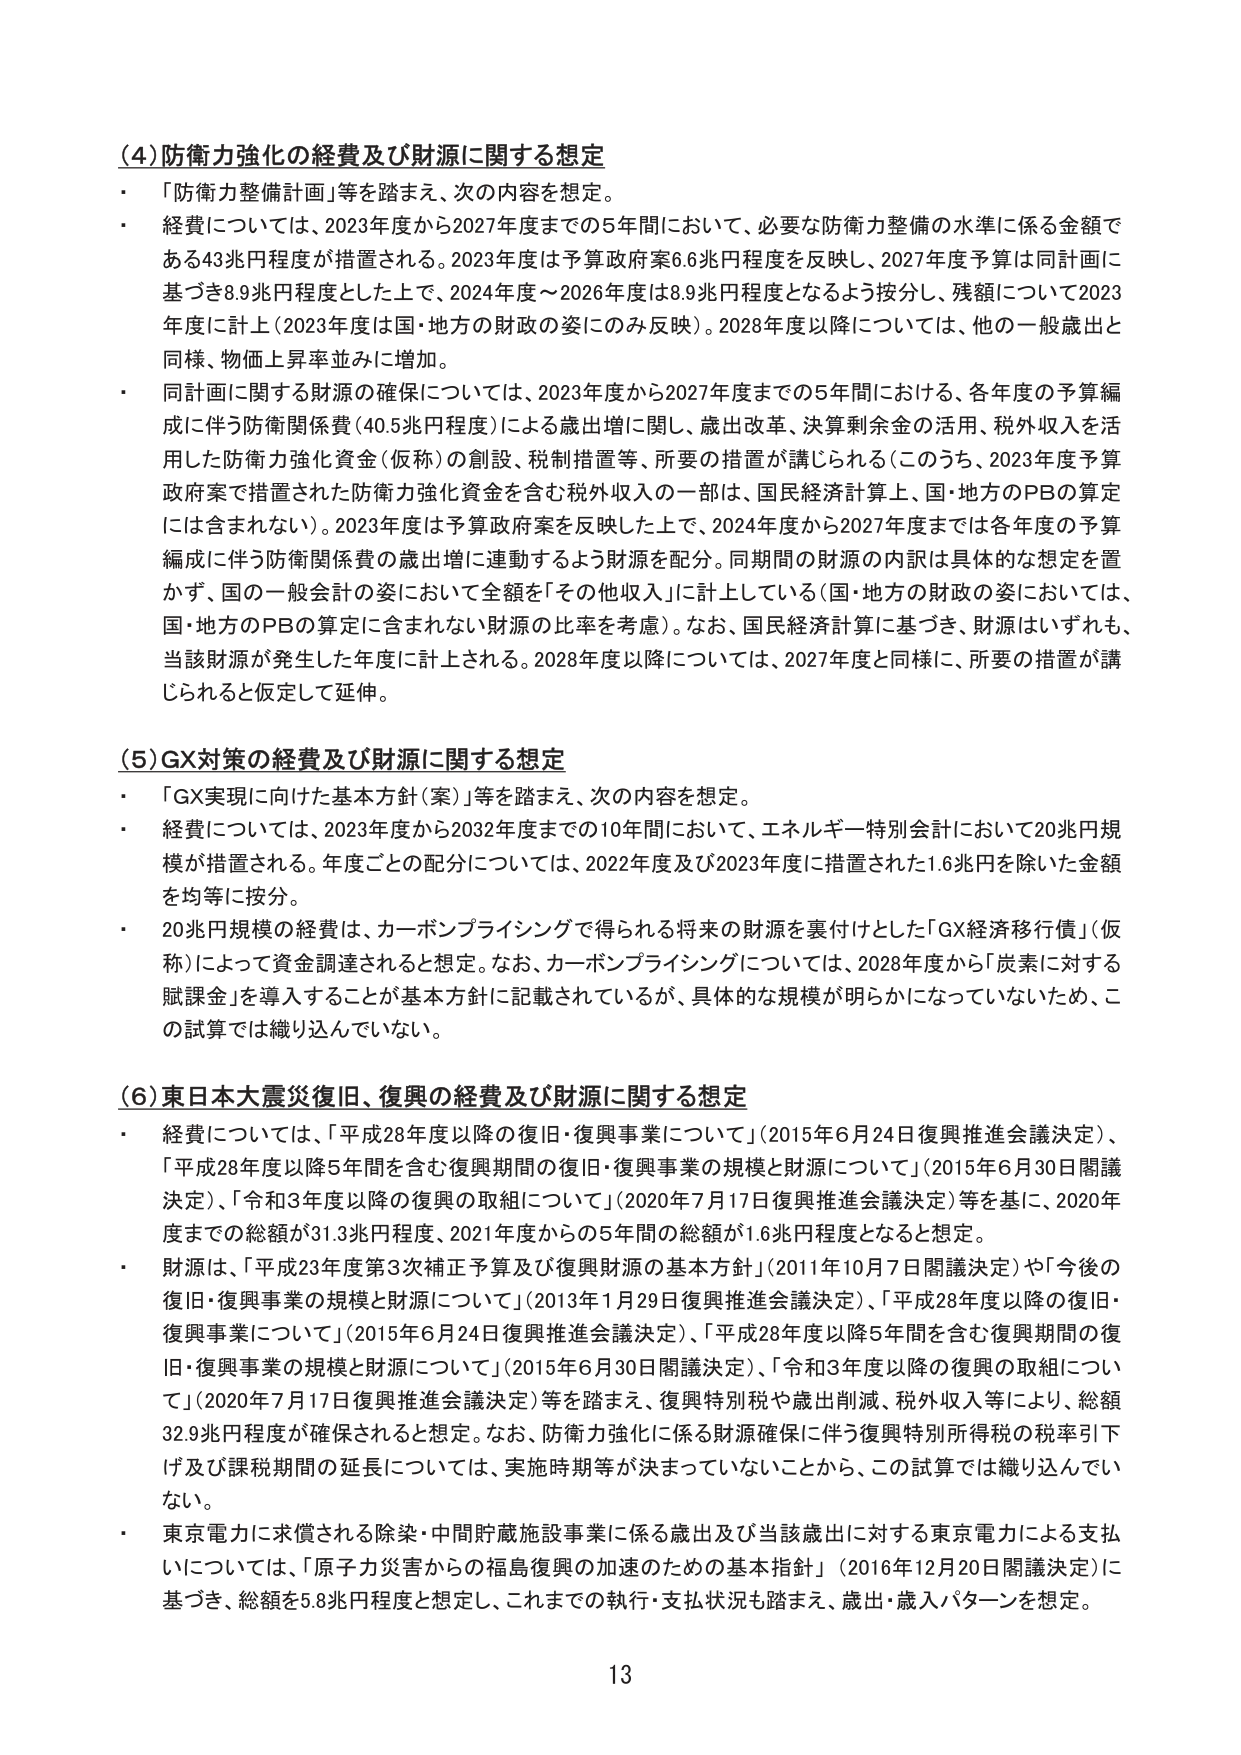
(4) 防衛力強化の経費及び財源に関する想定
・「防衛力整備計画」等を踏まえ、次の内容を想定。
・経費については、2023年度から2027年度までの5年間において、必要な防衛力整備の水準に係る金額である43兆円程度が措置される。2023年度は予算政府案6.6兆円程度を反映し、2027年度予算は同計画に基づき8.9兆円程度とした上で、2024年度～2026年度は8.9兆円程度となるよう按分し、残額について2023年度に計上（2023年度は国・地方の財政の姿にのみ反映）。2028年度以降については、他の一般歳出と同様、物価上昇率並みに増加。
・同計画に関する財源の確保については、2023年度から2027年度までの5年間における、各年度の予算編成に伴う防衛関係費（40.5兆円程度）による歳出増に関し、歳出改革、決算剰余金の活用、税外収入を活用した防衛力強化資金（仮称）の創設、税制措置等、所要の措置が講じられる（このうち、2023年度予算政府案で措置された防衛力強化資金を含む税外収入の一部は、国民経済計算上、国・地方のPBの算定には含まれない）。2023年度は予算政府案を反映した上で、2024年度から2027年度までは各年度の予算編成に伴う防衛関係費の歳出増に連動するよう財源を配分。同期間の財源の内訳は具体的な想定を置かず、国の一般会計の姿において全額を「その他収入」に計上している（国・地方の財政の姿においては、国・地方のPBの算定に含まれない財源の比率を考慮）。なお、国民経済計算に基づき、財源はいずれも、当該財源が発生した年度に計上される。2028年度以降については、2027年度と同様に、所要の措置が講じられると仮定して延伸。

(5) GX対策の経費及び財源に関する想定
・「GX実現に向けた基本方針（案）」等を踏まえ、次の内容を想定。
・経費については、2023年度から2032年度までの10年間において、エネルギー特別会計において20兆円規模が措置される。年度ごとの配分については、2022年度及び2023年度に措置された1.6兆円を除いた金額を均等に按分。
・20兆円規模の経費は、カーボンプライシングで得られる将来の財源を裏付けとした「GX経済移行債」（仮称）によって資金調達されると想定。なお、カーボンプライシングについては、2028年度から「炭素に対する賦課金」を導入することが基本方針に記載されているが、具体的な規模が明らかになっていないため、この試算では織り込んでいない。

(6) 東日本大震災復旧、復興の経費及び財源に関する想定
・経費については、「平成28年度以降の復旧・復興事業について」（2015年6月24日復興推進会議決定）、「平成28年度以降5年間を含む復興期間の復旧・復興事業の規模と財源について」（2015年6月30日閣議決定）、「令和3年度以降の復興の取組について」（2020年7月17日復興推進会議決定）等を基に、2020年度までの総額が31.3兆円程度、2021年度からの5年間の総額が1.6兆円程度となると想定。
・財源は、「平成23年度第3次補正予算及び復興財源の基本方針」（2011年10月7日閣議決定）や「今後の復旧・復興事業の規模と財源について」（2013年1月29日復興推進会議決定）、「平成28年度以降の復旧・復興事業について」（2015年6月24日復興推進会議決定）、「平成28年度以降5年間を含む復興期間の復旧・復興事業の規模と財源について」（2015年6月30日閣議決定）、「令和3年度以降の復興の取組について」（2020年7月17日復興推進会議決定）等を踏まえ、復興特別税や歳出削減、税外収入等により、総額32.9兆円程度が確保されると想定。なお、防衛力強化に係る財源確保に伴う復興特別所得税の税率引下げ及び課税期間の延長については、実施時期等が決まっていないことから、この試算では織り込んでいない。
・東京電力に求償される除染・中間貯蔵施設事業に係る歳出及び当該歳出に対する東京電力による支払いについては、「原子力災害からの福島復興の加速のための基本指針」（2016年12月20日閣議決定）に基づき、総額を5.8兆円程度と想定し、これまでの執行・支払状況も踏まえ、歳出・歳入パターンを想定。

13